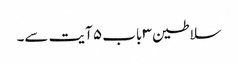
سلاطین ۳ باب ۵ آیت سے۔